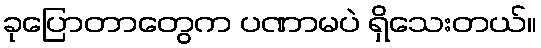
ခုပြောတာတွေက ပဏာမပဲ ရှိသေးတယ်။